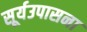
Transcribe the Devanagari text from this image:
सूर्यउपासना